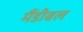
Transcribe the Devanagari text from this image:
मैंडीबल